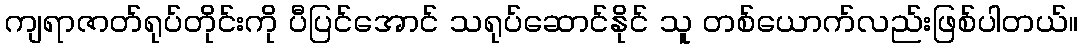
ကျရာဇာတ်ရုပ်တိုင်းကို ပီပြင်အောင် သရုပ်ဆောင်နိုင် သူ တစ်ယောက်လည်းဖြစ်ပါတယ်။